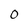
Character: 0